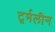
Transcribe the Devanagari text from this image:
टूर्मलीन